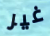
غير